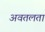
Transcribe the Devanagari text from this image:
अवतलता